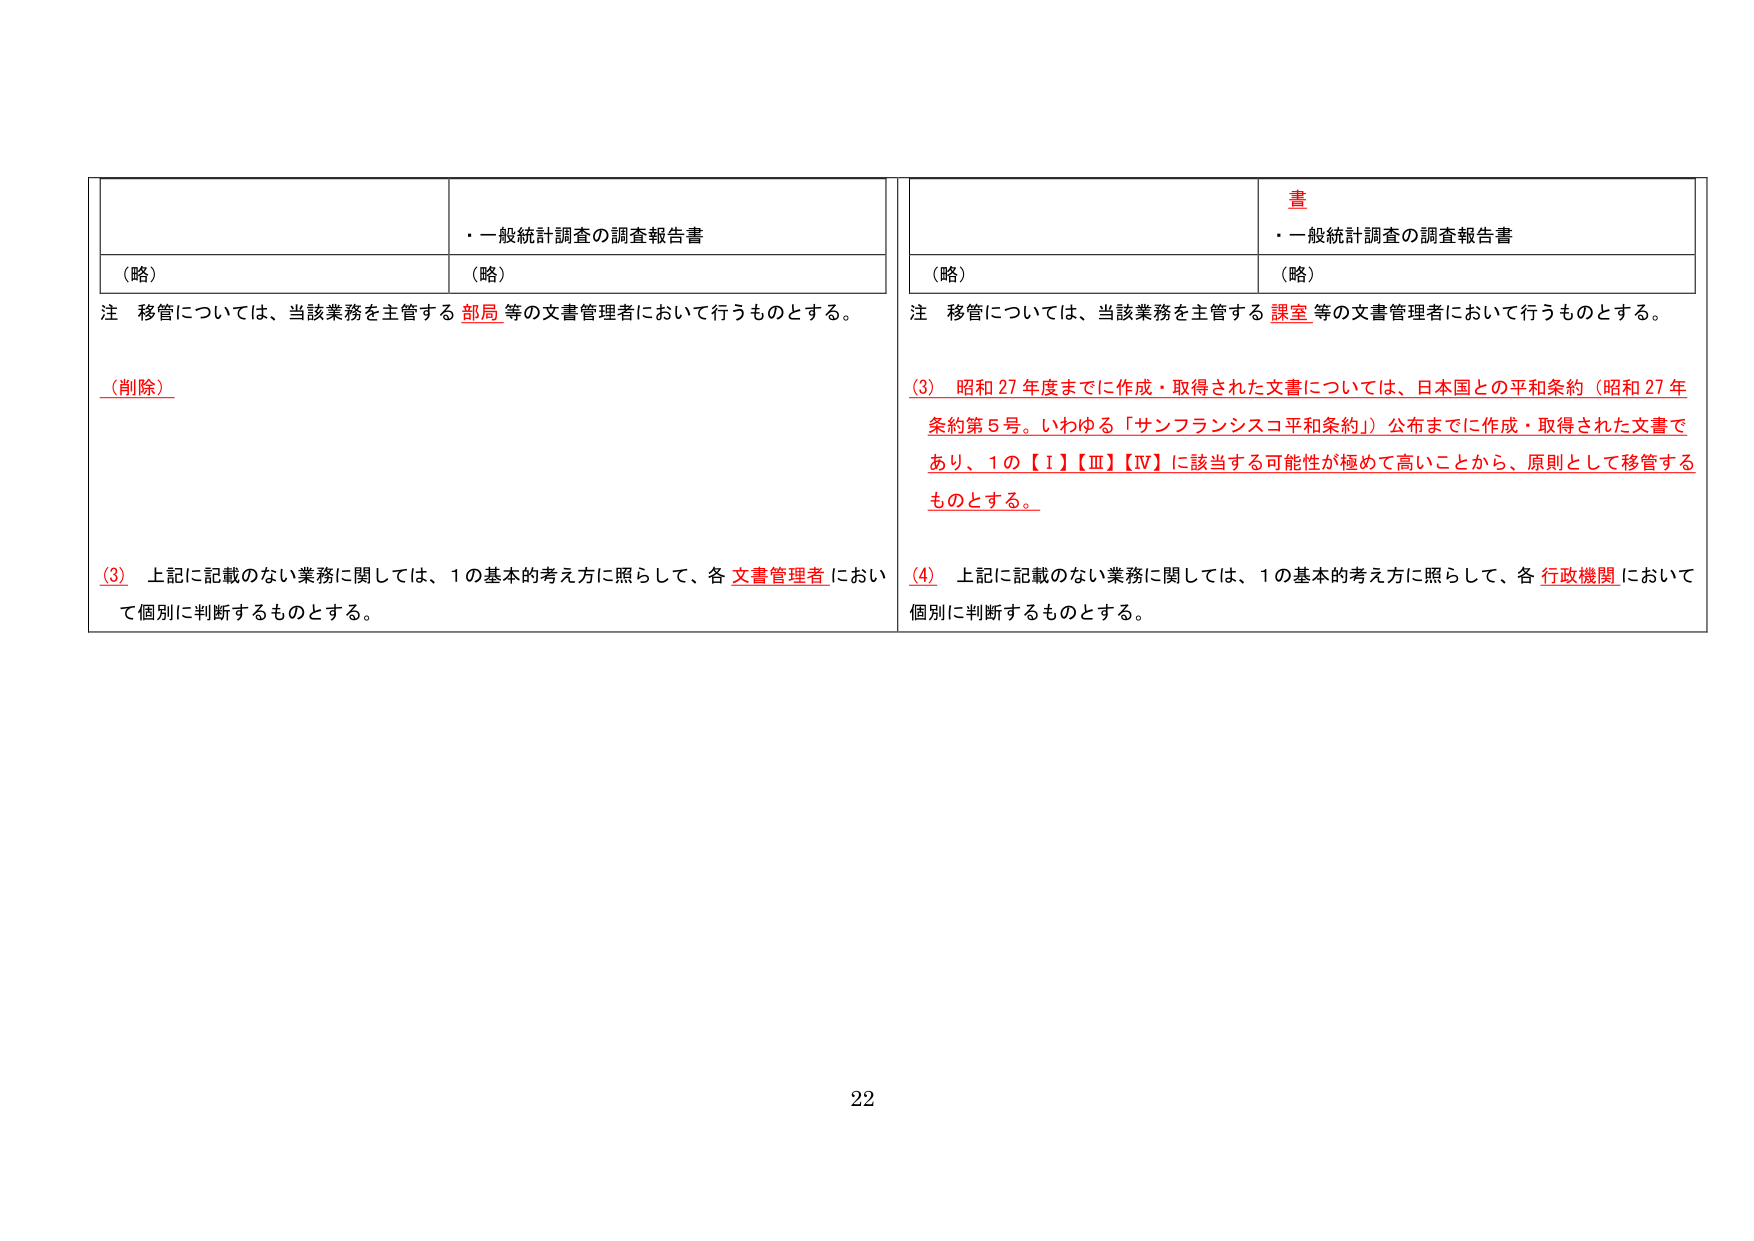
・一般統計調査の調査報告書
（略）
（略）
注 移管については、当該業務を主管する 部局 等の文書管理者において行うものとする。
（削除）
（3） 上記に記載のない業務に関しては、1の基本的考え方を照らして、各 文書管理者 において個別に判断するものとする。

書
・一般統計調査の調査報告書
（略）
（略）
注 移管については、当該業務を主管する 課室 等の文書管理者において行うものとする。
（3） 昭和27年度までに作成・取得された文書については、日本国との平和条約（昭和27年条約第5号。いわゆる「サンフランシスコ平和条約」）公布までに作成・取得された文書であり、1の【Ⅰ】【Ⅲ】【Ⅳ】に該当する可能性が極めて高いことから、原則として移管するものとする。
（4） 上記に記載のない業務に関しては、1の基本的考え方を照らして、各 行政機関 において個別に判断するものとする。

22